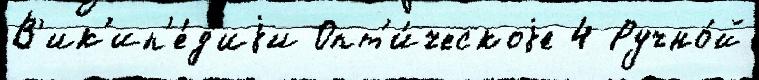
В'ик'ип'е́д'иjи Опт'и́ческоjе 4 Ручно́й